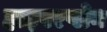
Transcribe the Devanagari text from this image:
हाइपरप्लेन